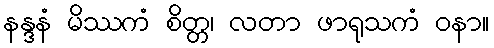
နန္ဒနံ မိဿကံ စိတ္တ၊ လတာ ဖာရုသကံ ဝနာ။